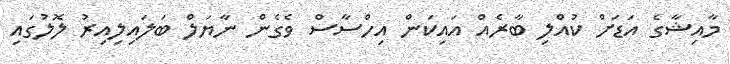
މާއިޝާގެ އަޑަށް ކުއްލި ބާރެއް އައިކަން އިހްސާސް ވެގެން ނާޔަލް ބަލައިލިއިރު ލޮލުގައި